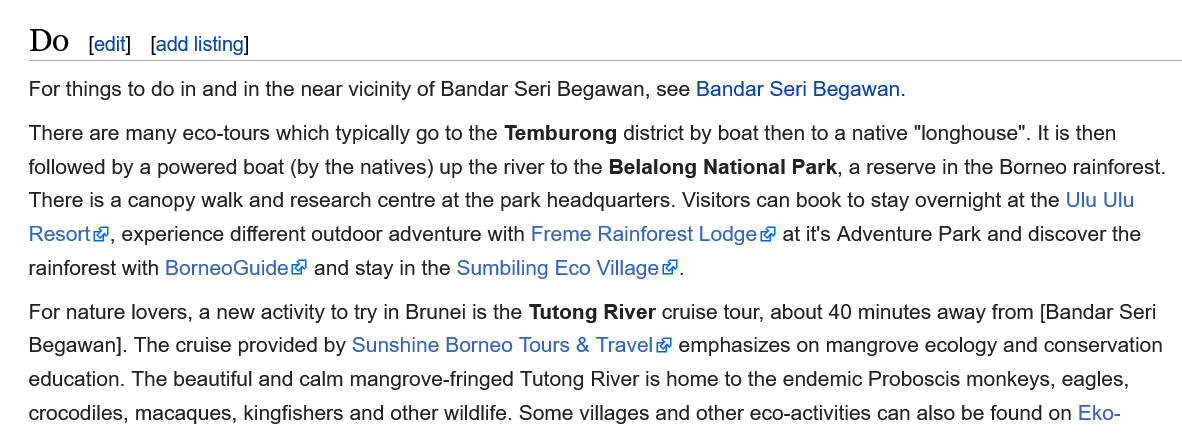
Do    [add listing]
   For things to do in and in the near vicinity of Bandar Seri Begawan, see Bandar Seri Begawan.
   There are many eco-tours which typically go to the Temburong district by boat then to a native "longhouse". It is then
   followed by a powered boat (by the natives) up the river to the Belalong National Park, a reserve in the Borneo rainforest.
   There is a canopy walk and research centre at the park headquarters. Visitors can book to stay overnight at the Ulu Ulu
   Resort,  experience different outdoor adventure with Freme Rainforest Lodge
  ®
     at it's Adventure Park and discover the
   rainforest with BorneoGuide® and stay in the Sumbiling Eco Village@.
   For nature lovers, a new activity to try in Brunei is the Tutong River cruise tour, about 40 minutes away from [Bandar Seri
   Begawan]. The cruise provided by Sunshine Borneo Tours & Travel& emphasizes on mangrove ecology and conservation
   education. The beautiful and calm mangrove-fringed Tutong River is home to the endemic Proboscis monkeys, eagles,
   crocodiles, macaques, kingfishers and other wildlife. Some villages and other eco-activities can also be found on Eko-